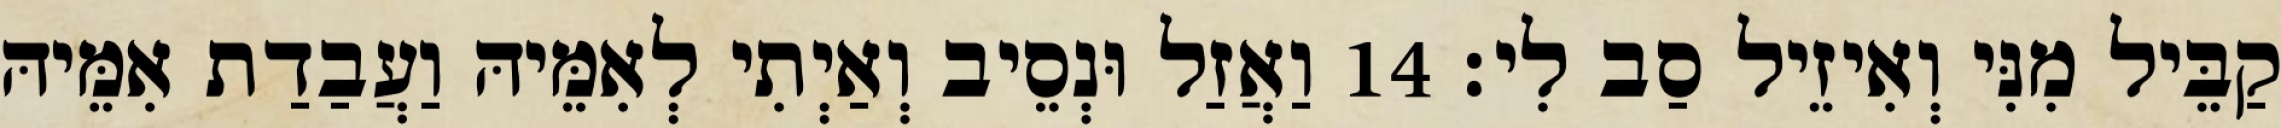
קַבֵּיל מִנִּי וְאִיזֵיל סַב לִי׃ 14 וַאֲזַל וּנְסֵיב וְאַיְתִי לְאִמֵּיהּ וַעֲבַדַת אִמֵּיהּ